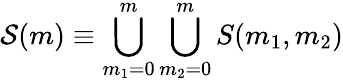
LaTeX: \mathcal{S}(m)\equiv\bigcup_{m_{1}=0}^{m}\bigcup_{m_{2}=0}^{m}S(m_{1},m_{2})